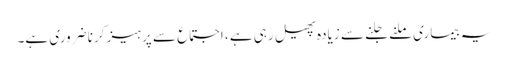
یہ بیماری ملنے جلنے سے زیادہ پھیل رہی ہے ، اجتماع سے پرہیز کرنا ضروری ہے۔